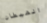
الشيطان